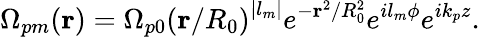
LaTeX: \Omega_{pm}(\mathbf{r})=\Omega_{p0}\left(\mathbf{r}/R_{0}\right)^{|l_{m}|}e^{-\mathbf{r}^{2}/R_{0}^{2}}e^{il_{m}\phi}e^{ik_{p}{z}}.